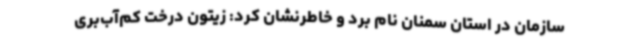
سازمان در استان سمنان نام برد و خاطرنشان کرد: زیتون درخت کم‌آب‌بری